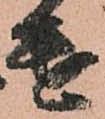
遣